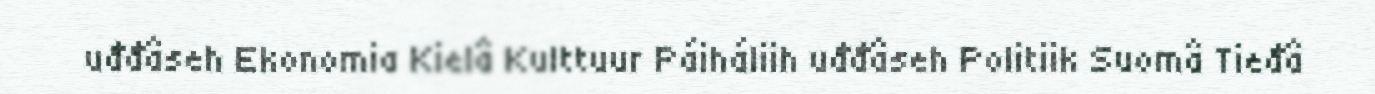
uđđâseh Ekonomia Kielâ Kulttuur Páiháliih uđđâseh Politiik Suomâ Tieđâ